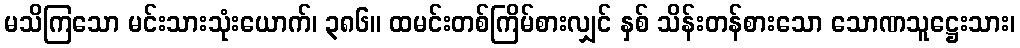
မသိကြသော မင်းသားသုံးယောက်၊ ၃၈၆။ ထမင်းတစ်ကြိမ်စားလျှင် နှစ် သိန်းတန်စားသော သောဏသူဋ္ဌေးသား၊